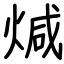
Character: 煘